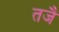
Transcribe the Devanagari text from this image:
तजैं